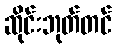
ဆိုင်းဘုတ်တင်